Vaccination in Burma 1920-1933 - 1920-1933
Year: 1920
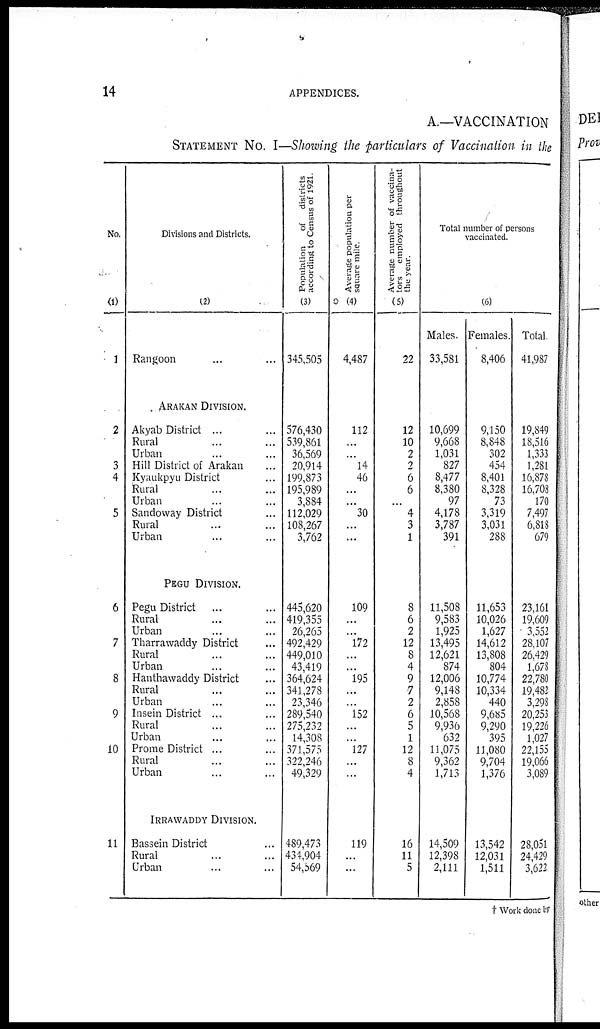
14
APPENDICES.
A.—VACCINATION
STATEMENT No. I—Showing the particulars of Vaccination in the
No.
(1)
1
2
3
4
5
6
7
8
9
10
11
Divisions and Districts.
(2)
Rangoon... ... ...
ARAKAN DIVISION.
Akyab District ... ... ...
Rural ... ... ...
Urban... ... ...
Hill District of Arakan...
Kyaukpyu District...
Rural...
Urban... ...
Sandoway District... ...
Rural... ...
Urban...
PEGU DIVISION.
Pegu District... ...
Rural... ...
Urban... ...
Tharrawaddy District... ...
Rural... ...
Urban... ...
Hanthawaddy District...
Rural...
Urban...
Insein District ...
Rural...
Urban...
Prome District ...
Rural...
Urban...
IRRAWADDY DIVISION.
Bassein District...
Rural...
Urban... ...
Population
of districts
according to Census of 1921.
(3)
345,505
576,430
539,861
36,569
20,914
199,873
195,989
3,884
112,029
108,267
3,762
445,620
419,355
26,265
492,429
449,010
43,419
364,624
341,278
23,346
289,540
275,232
14,308
371,575
322,246
49,329
489,473
434,904
54,569
Average population per
square mile.
(4)
4,487
112
...
...
14
46
...
...
30
...
...
109
...
...
172
...
...
195
...
...
152
...
...
127
...
...
119
...
...
Average number of vaccina-
tors employed throughout
the year.
(5)
22
12
10
2
2
6
6
...
4
3
1
8
6
2
12
8
4
9
7
2
6
5
1
12
8
4
16
11
5
Total number of persons
vaccinated.
(6)
Males.
33,581
10,699
9,668
1,031
827
8,477
8,380
97
4,178
3,787
391
11,508
9,583
1,925
13,495
12,621
874
12,006
9,148
2,858
10,568
9,936
632
11,075
9,362
1,713
14,509
12,398
2,111
Females.
8,406
9,150
8,848
302
454
8,401
8,328
73
3,319
3,031
288
11,653
10,026
1,627
14,612
13,808
804
10,774
10,334
440
9,685
9,290
395
11,080
9,704
1,376
13,542
12,031
1,511
Total.
41,987
19,849
18,516
1,333
1,281
16,878
16,708
170
7,497
6,818
679
23,161
19,609
3,552
28,107
26,429
1,678
22,780
19,482
3,298
20,253
19,226
1,027
22,155
19,066
3,089
28,051
24,429
3,622
† Work done by